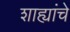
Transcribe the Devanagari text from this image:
शाह्यांचे